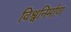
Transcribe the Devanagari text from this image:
विश्वनिर्माण